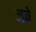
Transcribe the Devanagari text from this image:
जवें